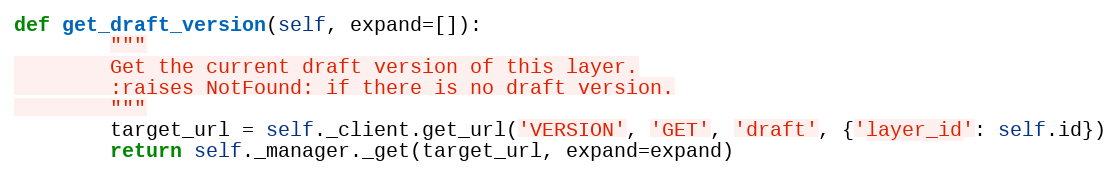
Language: Python
def get_draft_version(self, expand=[]):
        """
        Get the current draft version of this layer.
        :raises NotFound: if there is no draft version.
        """
        target_url = self._client.get_url('VERSION', 'GET', 'draft', {'layer_id': self.id})
        return self._manager._get(target_url, expand=expand)